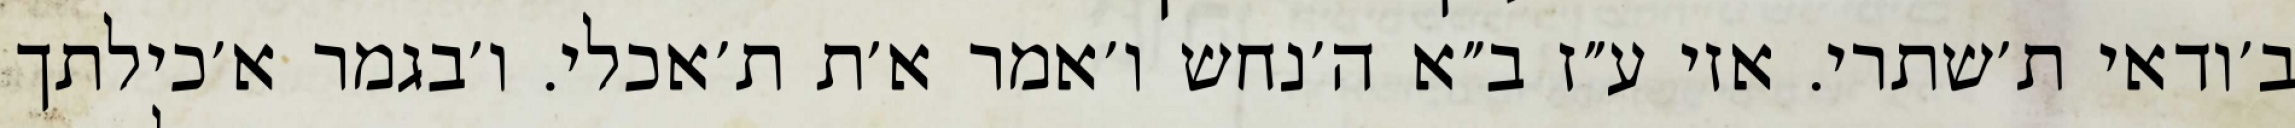
ב׳ודאי ת׳שתרי. אזי ע״ז ב״א ה׳נחש ו׳אמר א׳ת ת׳אכלי. ו׳בגמר א׳כילתך